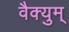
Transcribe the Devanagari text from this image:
वैक्युम्